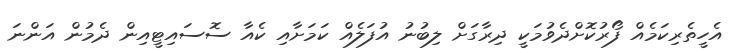
އެހީތެރިކަމެއް ފޯރުކޮށްދެވުމަކީ ދިރާގަށް ލިބުނު އުފަލެއް ކަމަށާއި ކެއާ ސޮސައިޓީއިން ދެމުން އަންނަ